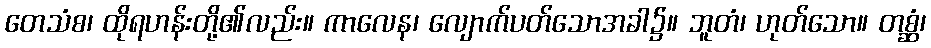
တေသံစ၊ ထိုရဟန်းတို့၏လည်း။ ကာလေန၊ လျောက်ပတ်သောအခါ၌။ ဘူတံ၊ ဟုတ်သော။ တစ္ဆံ၊